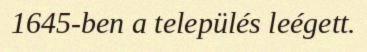
1645-ben a település leégett.